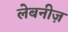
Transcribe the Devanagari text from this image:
लेबनीज़